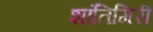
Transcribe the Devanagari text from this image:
शांतिगिरी